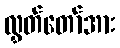
လွှတ်တော်အား